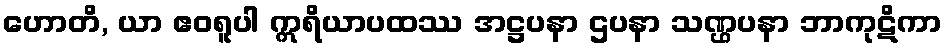
ဟောတိ, ယာ ဧဝရူပါ ဣရိယာပထဿ အဋ္ဌပနာ ဌပနာ သဏ္ဌပနာ ဘာကုဋိကာ